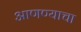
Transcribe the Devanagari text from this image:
अाणण्याचा